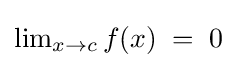
\textstyle \lim _{x\to c}f(x)\;=\;0